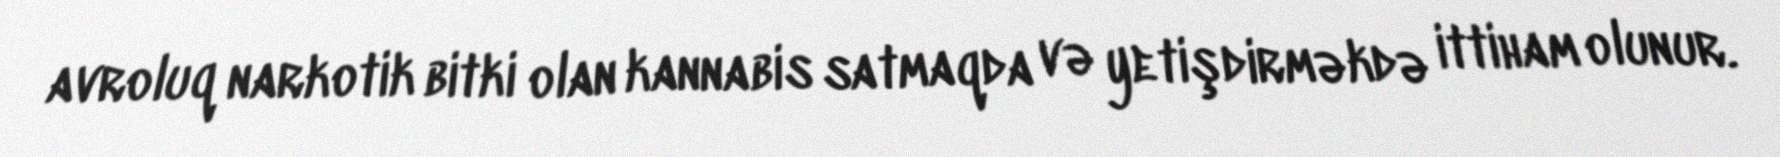
avroluq narkotik bitki olan kannabis satmaqda və yetişdirməkdə ittiham olunur.